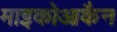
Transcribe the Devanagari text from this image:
माइकोआकैन